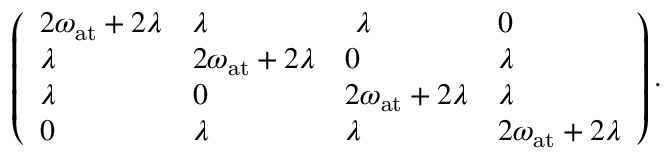
\left( \begin{array} { l l l l } { 2 \omega _ { \mathrm { a t } } + 2 \lambda } & { \lambda } & { ~ \lambda } & { 0 } \\ { \lambda } & { 2 \omega _ { \mathrm { a t } } + 2 \lambda } & { 0 } & { \lambda } \\ { \lambda } & { 0 } & { 2 \omega _ { \mathrm { a t } } + 2 \lambda } & { \lambda } \\ { 0 } & { \lambda } & { \lambda } & { 2 \omega _ { \mathrm { a t } } + 2 \lambda } \end{array} \right) .